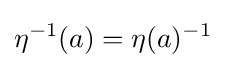
\eta ^{-1}(a)=\eta (a)^{-1}